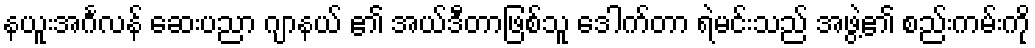
နယူးအင်္ဂလန် ဆေးပညာ ဂျာနယ် ၏ အယ်ဒီတာဖြစ်သူ ဒေါက်တာ ရဲမင်းသည် အဖွဲ့၏ စည်းကမ်းကို